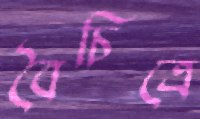
বৈচিত্রে